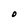
Character: O